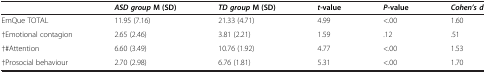
|  | ASD groupM (SD) | TD groupM (SD) | t-value | P-value | Cohen’s d |
 | --- | --- | --- | --- | --- | --- |
 | EmQue TOTAL | 11.95 (7.16) | 21.33 (4.71) | 4.99 | <.00 | 1.60 |
 | †Emotional contagion | 2.65 (2.46) | 3.81 (2.21) | 1.59 | .12 | .51 |
 | †#Attention | 6.60 (3.49) | 10.76 (1.92) | 4.77 | <.00 | 1.53 |
 | †Prosocial behaviour | 2.70 (2.98) | 6.76 (1.81) | 5.31 | <.00 | 1.70 |